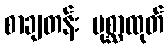
စာချတန်း ပုစ္ဆာထုတ်